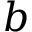
b